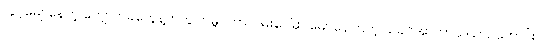
လွင့်မျောနေတဲ့ ကျောက်ခဲတွေနဲ့တကွ ကမ္ဘာပတ်လမ်းပေါ်မှာ မျောနေကြတဲ့ ယခင်အာကာသယာဉ်ဟောင်း